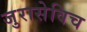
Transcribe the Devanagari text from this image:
जुरासेविच